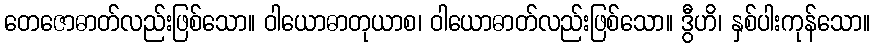
တေဇောဓာတ်လည်းဖြစ်သော။ ဝါယောဓာတုယာစ၊ ဝါယောဓာတ်လည်းဖြစ်သော။ ဒွီဟိ၊ နှစ်ပါးကုန်သော။